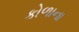
કોળાના